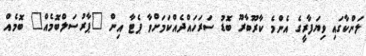
ލަންކާގައި ވިޔަފާރީގެ އެންމެ ކާރޫބާރޫ ބޮޑު ސަރަހައްދެއްކަމަށްވާ ޕެޓާ އިން "ޕާރުސަލްބޮމެއް" ބޮމެއް